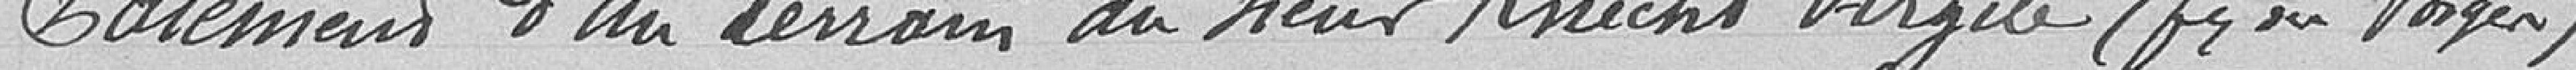
Paiement d'un terrain au Sieur Knecht Virgile (f Vosges)